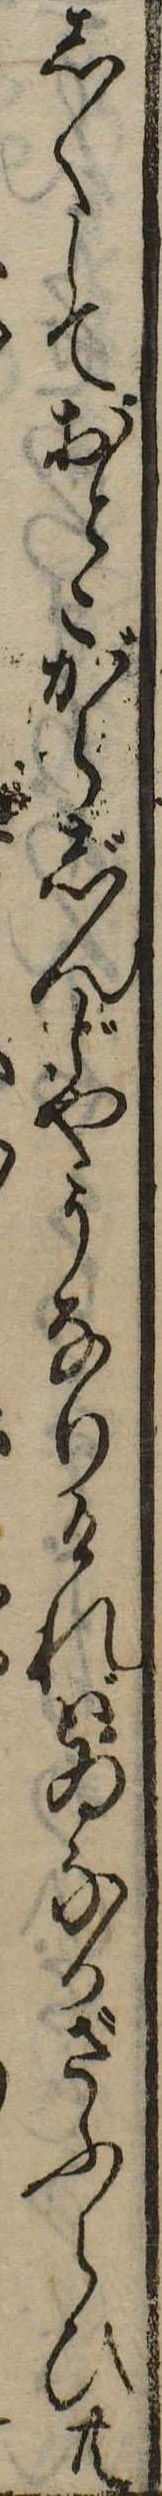
しくしておとこがらじんじやうなりければゐなかざふらひ共